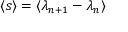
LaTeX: \langle s \rangle = \langle \lambda _ { n + 1 } - \lambda _ { n } \rangle